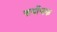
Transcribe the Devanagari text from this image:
सयोंजक